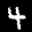
Label: 4